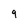
Character: 9